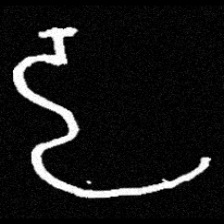
Pyu character \u2014 Myanmar letter: ဠ (romanized: lla)